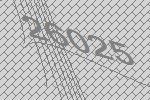
26025